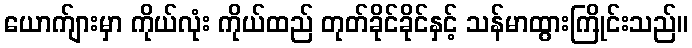
ယောက်ျားမှာ ကိုယ်လုံး ကိုယ်ထည် တုတ်ခိုင်ခိုင်နှင့် သန်မာထွားကြိုင်းသည်။